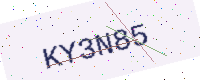
Text: KY3N85